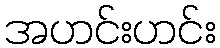
အဟင်းဟင်း